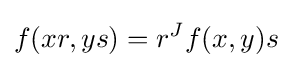
f(xr,ys)=r^{J}f(x,y)s